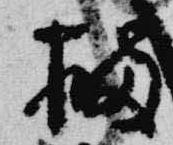
橘